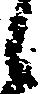
候